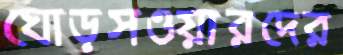
ঘোড়সওয়ারদের